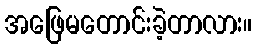
အဖြေမတောင်းခဲ့တာလား။